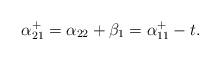
LaTeX: \begin{align*} \alpha^+_{21} = \alpha_{22} + \beta_1 = \alpha^+_{11}-t. \end{align*}